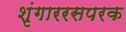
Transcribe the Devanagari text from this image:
शृंगाररसपरक